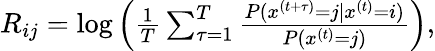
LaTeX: \begin{array}{r}{R_{ij}=\log\left(\frac{1}{T}\sum_{\tau=1}^{T}\frac{P(x^{(t+\tau)}=j\vert x^{(t)}=i)}{P(x^{(t)}=j)}\right),}\end{array}